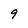
Character: 9